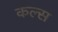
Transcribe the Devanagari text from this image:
कल्स